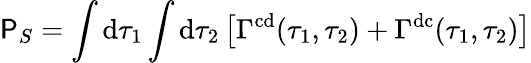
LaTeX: \mathsf{P}_{S}=\int\mathrm{{d}}\tau_{1}\int\mathrm{{d}}\tau_{2}\left[\Gamma^{\mathrm{{cd}}}(\tau_{1},\tau_{2})+\Gamma^{\mathrm{{dc}}}(\tau_{1},\tau_{2})\right]